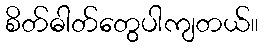
စိတ်ဓါတ်တွေပါကျတယ်။